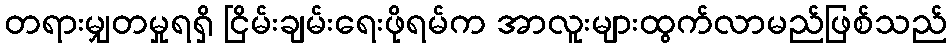
တရားမျှတမှုရရှိ ငြိမ်းချမ်းရေးဖိုရမ်က အာလူးများထွက်လာမည်ဖြစ်သည်